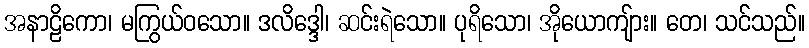
အနာဠိကော၊ မကြွယ်ဝသော။ ဒလိဒ္ဒေါ၊ ဆင်းရဲသော။ ပုရိသော၊ အိုယောကျ်ား။ တေ၊ သင်သည်။